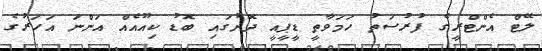
ލޭޓް އެންޓްރީގެ ފުރުސަތު ހަމަވާތީ ޑީޕީއީ ދޮށުގައި ބޮޑު ކިއޫއެއް އަންނަ އަހަރުގެ